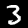
Label: 3